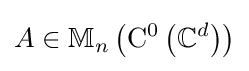
A\in \mathbb {M} _{n}\left(\mathrm {C} ^{0}\left(\mathbb {C} ^{d}\right)\right)